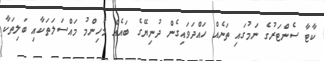
ކާޓާ ސެންޓަރުގެ ނަމުގައި ތަނެއް ހައްދަވައިގެން ދުނިޔޭގެ ބައެއް މުހިންމު މައްސަލަތަކާއި ބަލިތަކާ